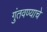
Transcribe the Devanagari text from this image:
गुंतवण्याचे